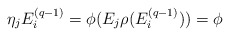
\begin{align*}\eta _{j}E_{i}^{(q-1)}=\phi (E_{j}\rho (E_{i}^{(q-1)}))=\phi\end{align*}